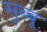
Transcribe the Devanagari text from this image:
सुब्बू